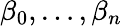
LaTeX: \beta_{0},\ldots,\beta_{n}